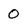
Character: 0